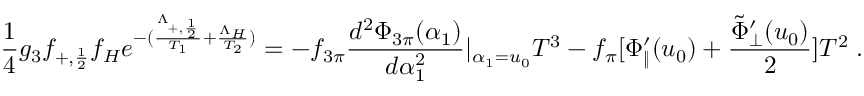
{ \frac { 1 } { 4 } } g _ { 3 } f _ { + , { \frac { 1 } { 2 } } } f _ { H } e ^ { - ( { \frac { \Lambda _ { + , { \frac { 1 } { 2 } } } } { T _ { 1 } } } + { \frac { \Lambda _ { H } } { T _ { 2 } } } ) } = - f _ { 3 \pi } { \frac { d ^ { 2 } \Phi _ { 3 \pi } ( \alpha _ { 1 } ) } { d \alpha _ { 1 } ^ { 2 } } } | _ { \alpha _ { 1 } = u _ { 0 } } T ^ { 3 } - f _ { \pi } [ \Phi _ { \| } ^ { \prime } ( u _ { 0 } ) + { \frac { { \tilde { \Phi } } _ { \bot } ^ { \prime } ( u _ { 0 } ) } { 2 } } ] T ^ { 2 } \; .